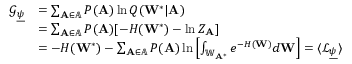
\begin{array} { r l } { \mathcal { G } _ { \underline { { \psi } } } } & { = \sum _ { \mathbf { A } \in \mathbb { A } } P ( \mathbf { A } ) \ln Q ( \mathbf { W } ^ { * } | \mathbf { A } ) } \\ & { = \sum _ { \mathbf { A } \in \mathbb { A } } P ( \mathbf { A } ) [ - H ( \mathbf { W } ^ { * } ) - \ln Z _ { \mathbf { A } } ] } \\ & { = - H ( \mathbf { W } ^ { * } ) - \sum _ { \mathbf { A } \in \mathbb { A } } P ( \mathbf { A } ) \ln \left[ \int _ { \mathbb { W } _ { \mathbf { A } ^ { * } } } e ^ { - H ( \mathbf { W } ) } d \mathbf { W } \right] = \langle \mathcal { L } _ { \underline { { \psi } } } \rangle } \end{array}